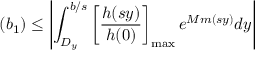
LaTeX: ( b _ { 1 } ) \leq \left| \int _ { D _ { y } } ^ { b / s } \left[ { \frac { h ( s y ) } { h ( 0 ) } } \right] _ { \mathrm { m a x } } e ^ { M m ( s y ) } d y \right|